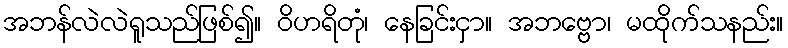
အဘန်လဲလဲရူသည်ဖြစ်၍။ ဝိဟရိတုံ၊ နေခြင်းငှာ။ အဘဗ္ဗော၊ မထိုက်သနည်း။